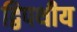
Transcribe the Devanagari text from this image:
द्विपथीय